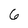
Character: 6